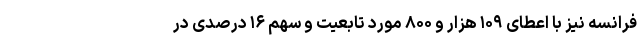
فرانسه نیز با اعطای ۱۰۹ هزار و ۸۰۰ مورد تابعیت و سهم ۱۶ درصدی در